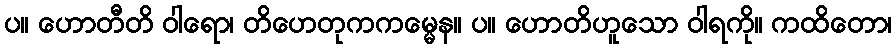
ပ။ ဟောတီတိ ဝါရော၊ တိဟေတုကကမ္မေန။ ပ။ ဟောတိဟူသော ဝါရကို။ ကထိတော၊